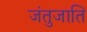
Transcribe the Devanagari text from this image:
जंतुजाति